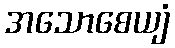
အသောစေယျံ